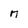
Character: n